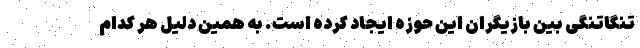
تنگاتنگی بین بازیگران این حوزه ایجاد کرده است. به همین دلیل هر کدام